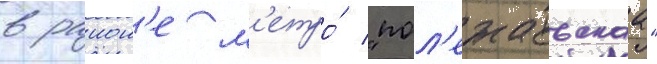
в раион'е м'етро́ "пол'ежаевскаа"